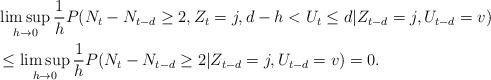
LaTeX: \begin{align*} &\limsup_{h\to0}\frac{1}{h}P(N_t-N_{t-d} \ge 2, Z_t = j,d-h<U_t\le d| Z_{t-d} = j,U_{t-d} = v)\\ &\le \limsup_{h\to0}\frac{1}{h}P(N_t-N_{t-d} \ge 2| Z_{t-d} = j,U_{t-d} = v)=0.\end{align*}